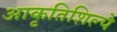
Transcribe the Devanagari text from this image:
आकृतिशिल्पे